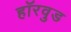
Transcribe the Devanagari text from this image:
हॉरवुड